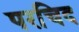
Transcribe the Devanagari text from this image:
परचिद